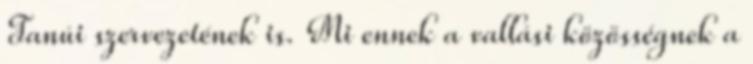
Tanúi szervezetének is. Mi ennek a vallási közösségnek a